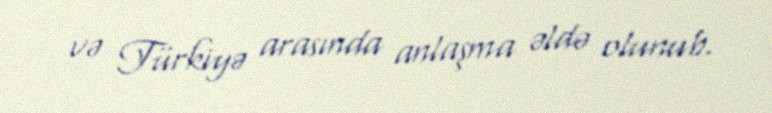
və Türkiyə arasında anlaşma əldə olunub.